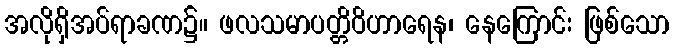
အလိုရှိအပ်ရာခဏ၌။ ဖလသမာပတ္တိဝိဟာရေန၊ နေကြောင်း ဖြစ်သော